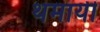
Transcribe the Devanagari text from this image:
थमायी